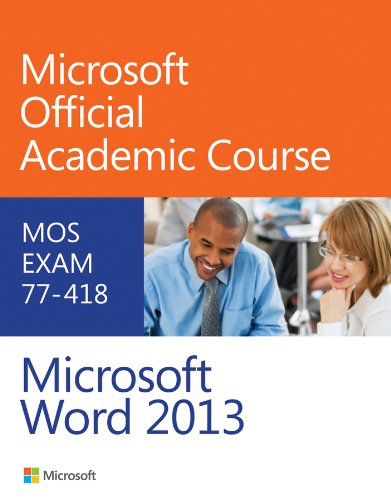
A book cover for Exam 77-418 Microsoft Word 2013; Microsoft Official Academic Course; Computers & Technology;